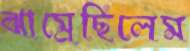
ঝাম্‌রেছিলেম